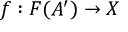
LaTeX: f : F ( A ^ { \prime } ) \to X